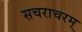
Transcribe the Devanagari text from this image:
सचराचरम्